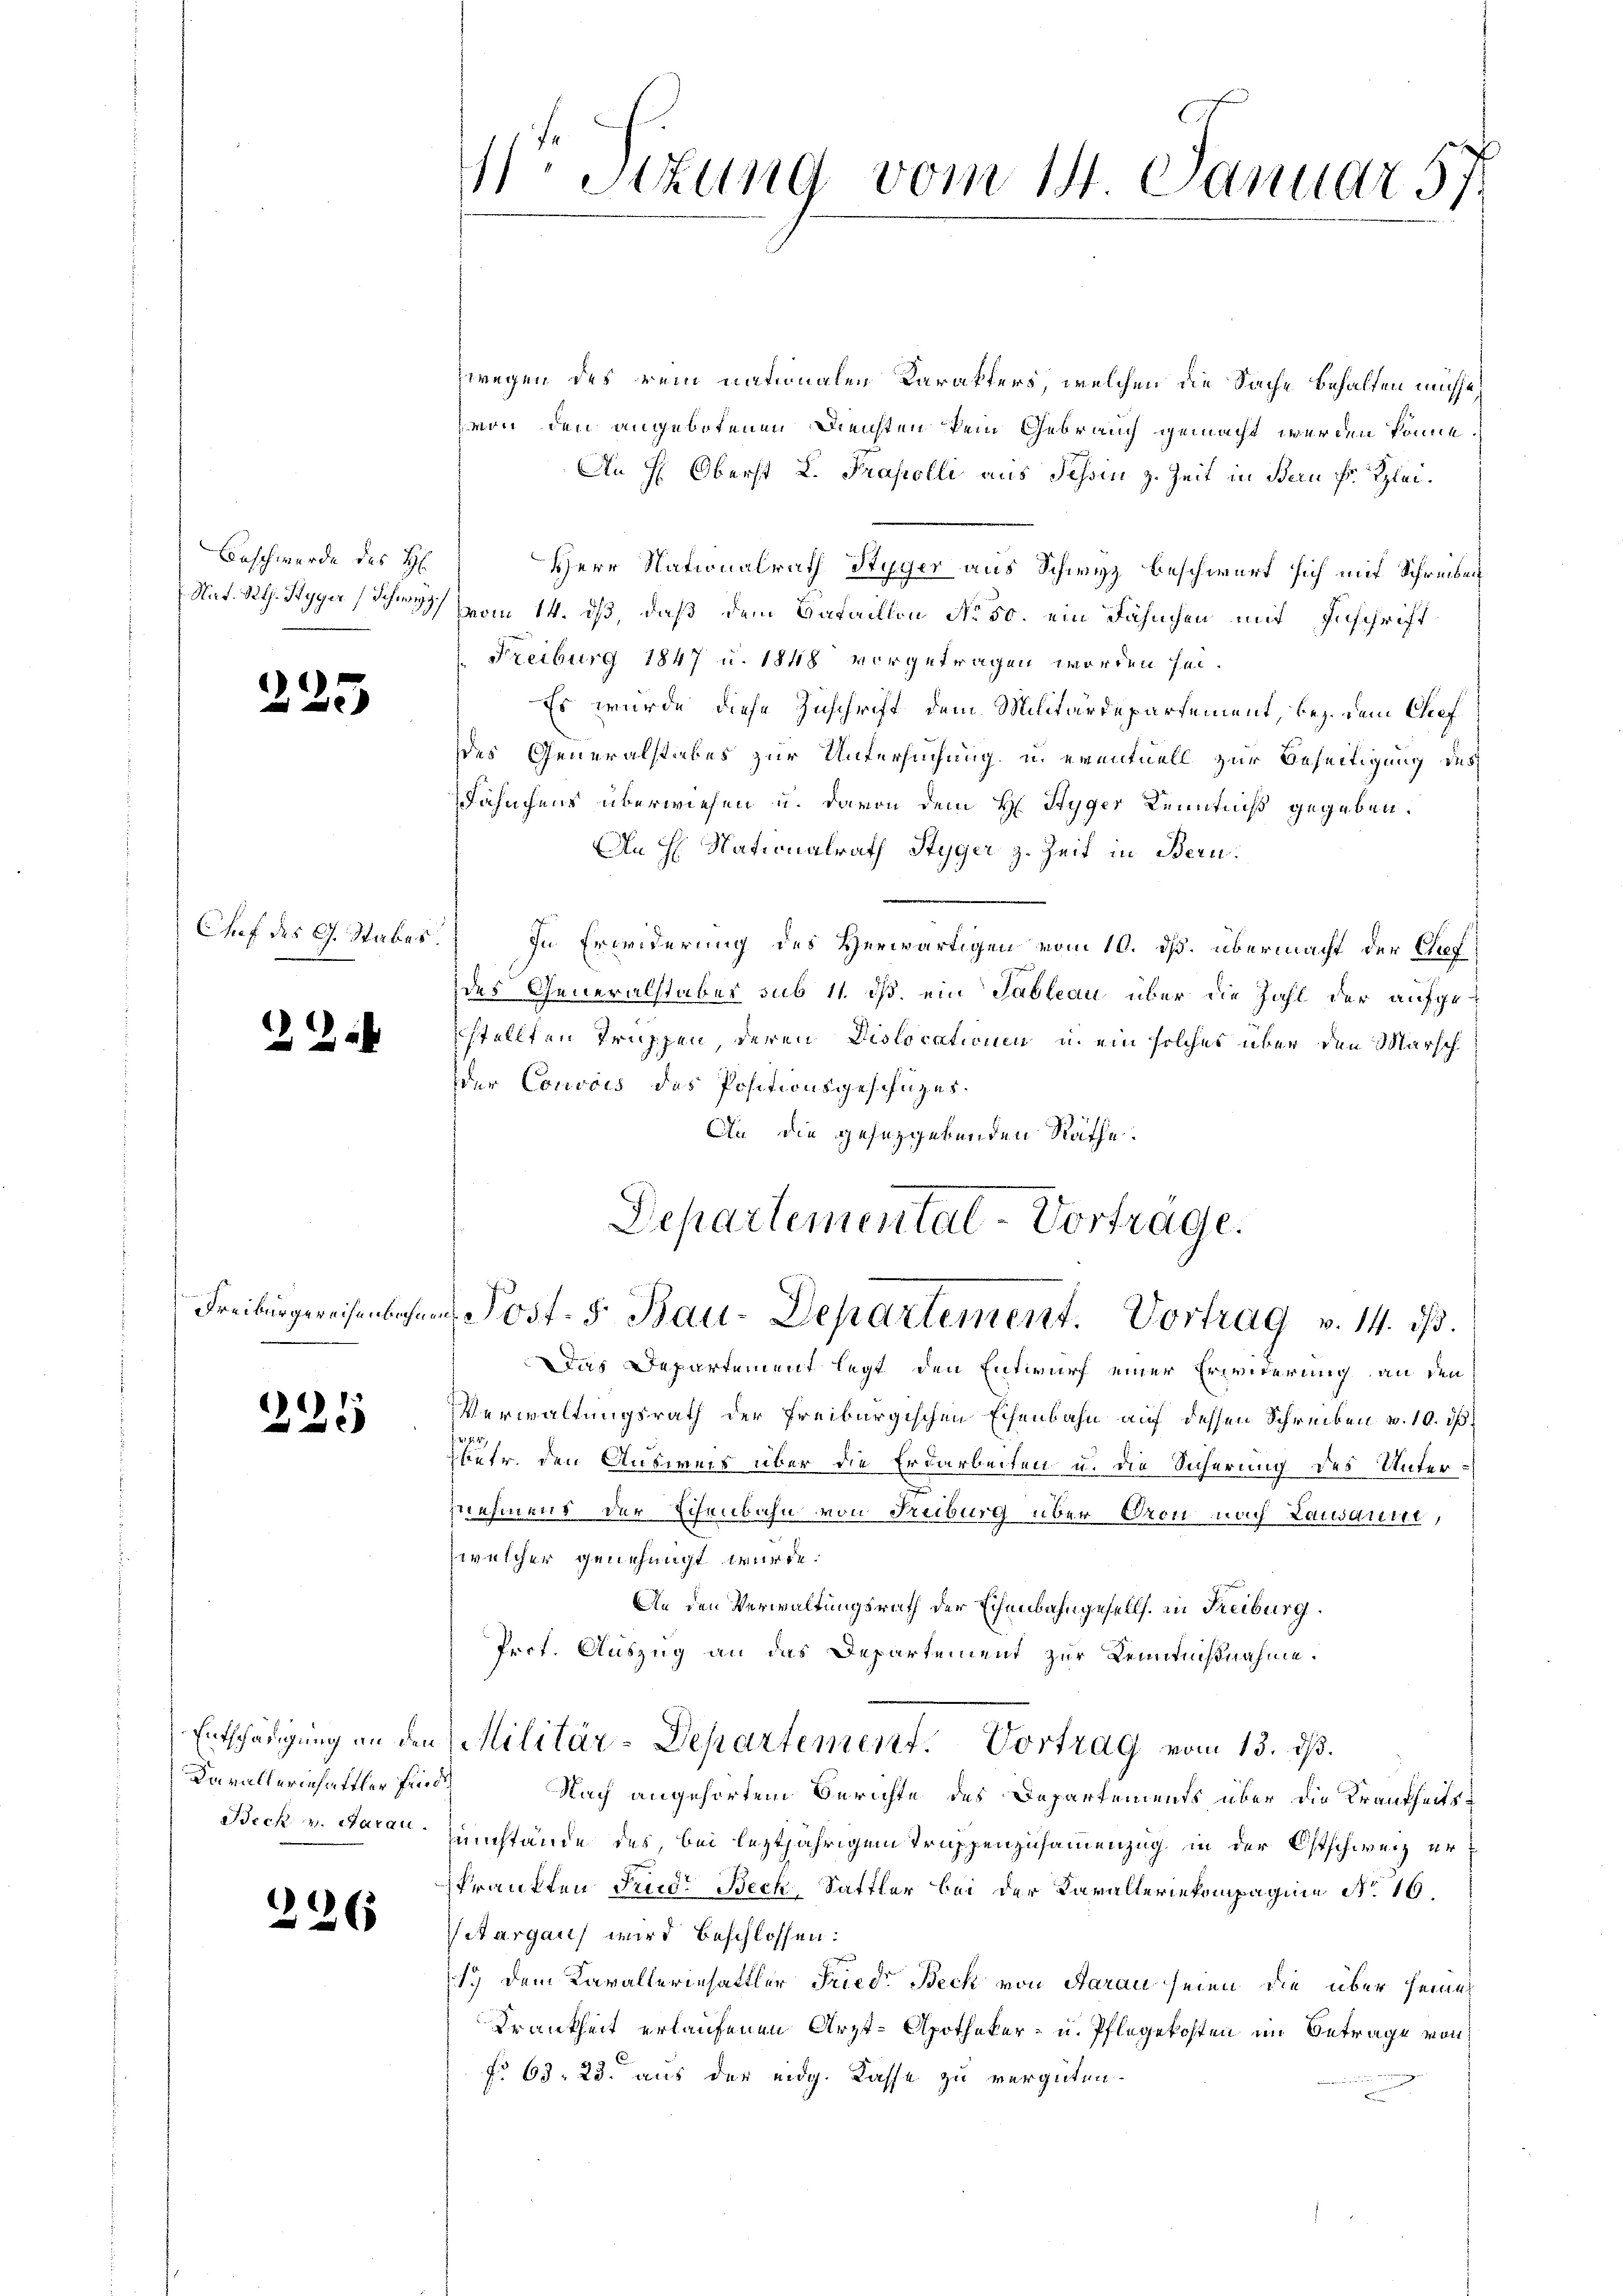
Beschwerde des H

2

225

)

2

15

Chef des G. Stabes

Davallerienhaftler find
Beck v. Aarau

6

Stzung vom 14. Januar 57.

wegen des rein nationalen Karakters, welchen die Sache behalten müsse,
von den angebotenen Diensten kein Gebrauch gemacht werden könne.
An H: Oberst L. Trafolli aus Tessin z. Zeit in Bern Fr. Klei¬
Herr Nationalrath Styger aus Schwyz beschwert sich mit Schreiben
Mat. R. Styger Schen vom 14. ds, daß dem Bataillon No 50. ein Fähnchen mit Zuschrift
Freiburg 1847 u. 1848 vorgetragen worden sei.
Es wurde diese Zuschrift dem Militärdepartement, bez. dem Chef
des Generalstabes zur Untersuchung, u. eventuell zur Beseitigung des
Fähnchens überwiesen u. davon dem H Styger Kenntniß gegeben.
An H. Nationalrath Styger z. Zeit in Bern.
In Erwiderung des Herwärtigen vom 10. ds. übermacht der Chef
des Generalstaber sub 11. ds. ein Tableau über die Zahl der aufgeestellten Truppen, deren Dislocationen u. ein solches über den Marsch
der Couvois des Positionsgeschüzes.
An die gesetzgebenden Räthe.

Departemental-Vortrage.
Freiburgereisenbahnen Post. S. Bau-Departement. Vortrag v. 14. dβ.

Das Departement legt den Entwurf einer Erwiderung an den
Verwaltungsrath der Freiburgischen Eisenbahn auf dessen Schreiben v. 10. d.
betr. den Ausweis über die Erdarbeiten u. die Sicherung des Unternehmens der Eisenbahn von Treiburg über Oron nach Lausartet,
welcher genehmigt wurde.
An den Verwaltungsrath der Eisenbahngesells in Freiburg.
Prct. Auszug an das Departement zur Kenntnißnahme.
Nach angehörtem Berichte des Departements über die Krankheitsumstände des, bei leztjährigem Truppenzusammenzug in der Ostschweiz erskrankten Frid. Beck, Sattler bei der Karalteriekompagnie No 16.
Aargau wird beschlossen:
17 dem Kavalleriehattler Fried. Beck von Aarau seien die über seine
Krankheit erlaufenen Arzt-Apotheker- u. Pflegekosten im Betrage von
f. 63. 23. aus der eidg. Kasse zu vergüten.

Entschädigung an den Militär-Departement. Vortrag vom 13. ds.